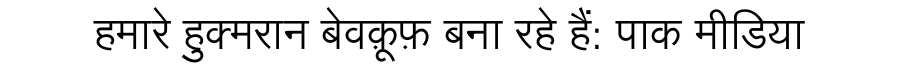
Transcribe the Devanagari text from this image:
हमारे हुक्मरान बेवक़ूफ़ बना रहे हैं: पाक मीडिया